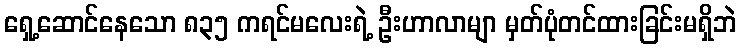
ရှေ့ဆောင်နေသော ၈၃၅ ကရင်မလေးရဲ့ ဦးဟာလာမျာ မှတ်ပုံတင်ထားခြင်းမရှိဘဲ